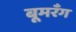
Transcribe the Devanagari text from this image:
बूमरँग